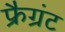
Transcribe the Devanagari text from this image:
फ्रैग्रंट